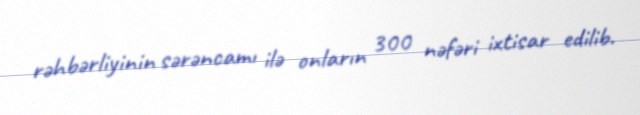
rəhbərliyinin sərəncamı ilə onların 300 nəfəri ixtisar edilib.